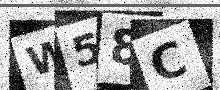
Text: W58C